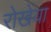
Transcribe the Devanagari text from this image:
रोखेया